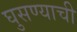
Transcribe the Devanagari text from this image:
घुसण्याची